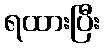
ရထားပြီး